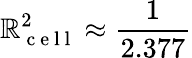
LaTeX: \mathbb{R}_{\mathrm{{~c~e~l~l~}}}^{2}\approx\frac{{1}}{{2.377}}